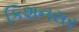
કિશનસર